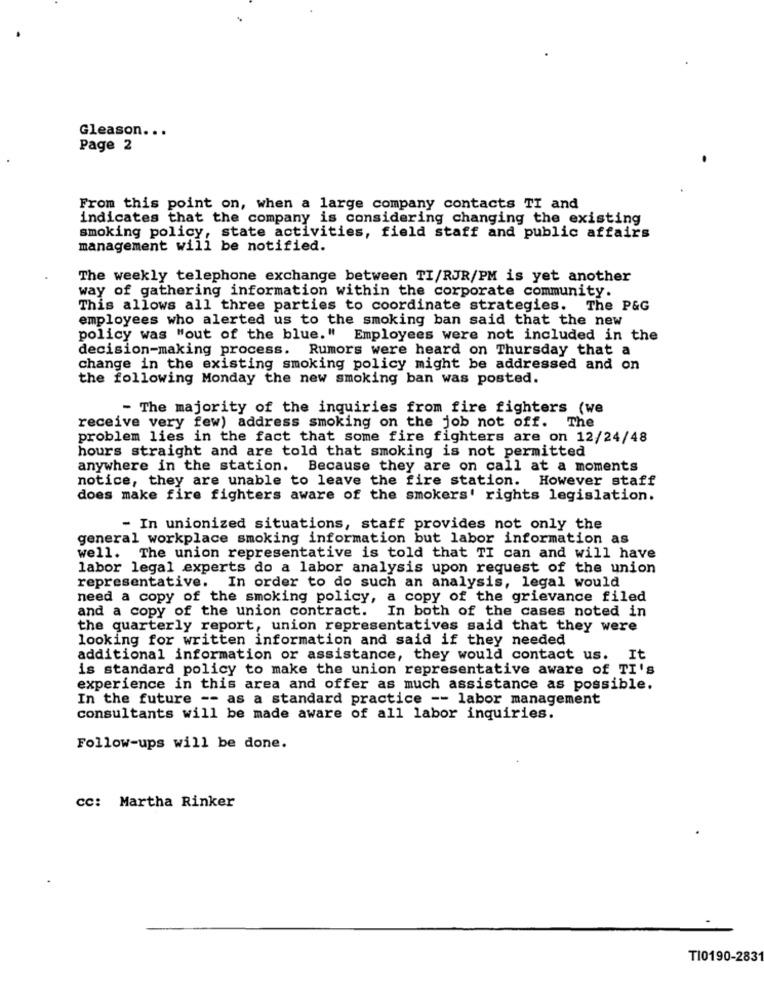
Gleason ...
Page 2
From this point on, when a large company contacts TI and
indicates that the company is considering changing the existing
smoking policy, state activities, field staff and public affairs
management will be notified.
The weekly telephone exchange between TI/RJR/PM is yet another
way of gathering information within the corporate community.
This allows all three parties to coordinate strategies. The P&G
employees who alerted us to the smoking ban said that the new
policy was "out of the blue." Employees were not included in the
decision-making process. Rumors were heard on Thursday that a
change in the existing smoking policy might be addressed and on
the following Monday the new smoking ban was posted.
- The majority of the inquiries from fire fighters (we
receive very few) address smoking on the job not off. The
problem lies in the fact that some fire fighters are on 12/24/48
hours straight and are told that smoking is not permitted
anywhere in the station. Because they are on call at a moments
notice, they are unable to leave the fire station. However staff
does make fire fighters aware of the smokers' rights legislation.
- In unionized situations, staff provides not only the
general workplace smoking information but labor information as
well. The union representative is told that TI can and will have
labor legal experts do a labor analysis upon request of the union
representative. In order to do such an analysis, legal would
need a copy of the smoking policy, a copy of the grievance filed
and a copy of the union contract.
In both of the cases noted in
the quarterly report, union representatives said that they were
looking for written information and said if they needed
additional information or assistance, they would contact us. It
is standard policy to make the union representative aware of TI's
experience in this area and offer as much assistance as possible.
In the future -- as a standard practice -- labor management
consultants will be made aware of all labor inquiries.
Follow-ups will be done.
cc: Martha Rinker
TI0190-2831